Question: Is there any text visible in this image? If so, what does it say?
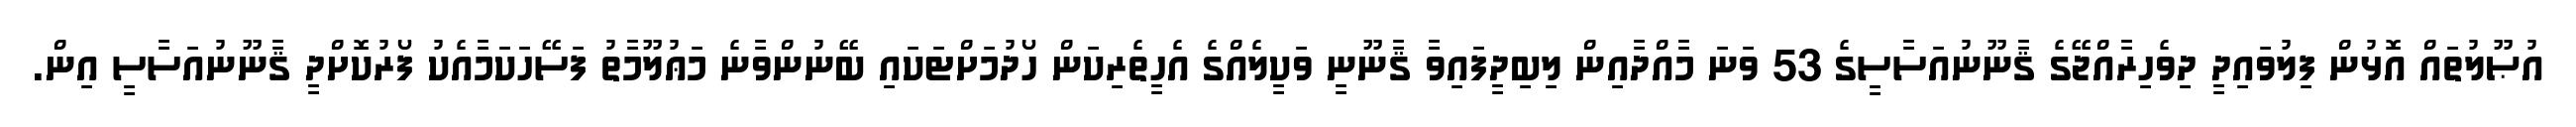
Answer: އުޞޫލުތައް އޮޅުން ފިލުވައިދީ ދިވެހިރާއްޖޭގެ ޤާނޫނުއަސާސީގެ 53 ވަނަ މާއްދާއިން ލިބިދީފައިވާ ޤާނޫނީ ވަކީލެއްގެ އެހީތެރިކަން ހޯދުމަށްޓަކައި ބޭނުންވާނެ މަޢުލޫމާތު ފަސޭހަކަމާއެކު ފޯރުކޮށްދީ ޤާނޫނުއަސާސީ އިން.